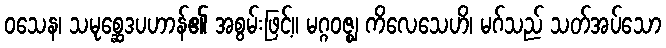
ဝသေန၊ သမုစ္ဆေဒပဟာန်၏ အစွမ်းဖြင့်။ မဂ္ဂဝဇ္ဈ ကိလေသေဟိ၊ မဂ်သည် သတ်အပ်သော